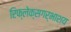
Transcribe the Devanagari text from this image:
रिफ्लेक्सगर्भाशय